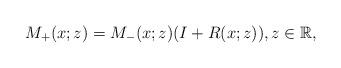
LaTeX: \begin{align*}M_+(x;z)= M_-(x;z)(I+R(x;z) ),z \in \mathbb{R},\end{align*}